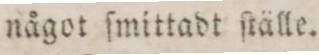
något ſmittadt ſtälle.